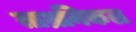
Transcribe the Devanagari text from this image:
ताम्रनिकल